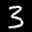
Label: 3